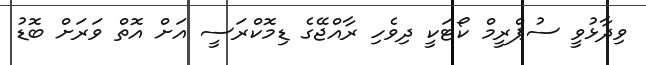
ވިދާޅުވީ ސުޕްރީމް ކޯޓަކީ ދިވެހި ރާއްޖޭގެ ޑިމޮކްރަސީ އަށް އޮތް ވަރަށް ބޮޑު